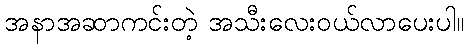
အနာအဆာကင်းတဲ့ အသီးလေးဝယ်လာပေးပါ။